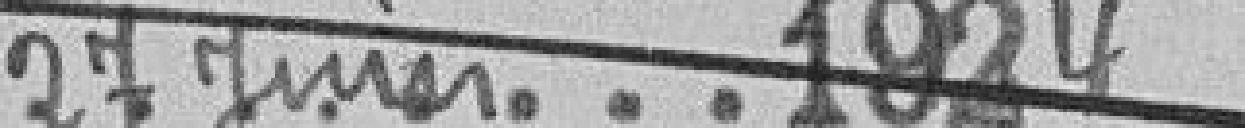
27 juin 1924